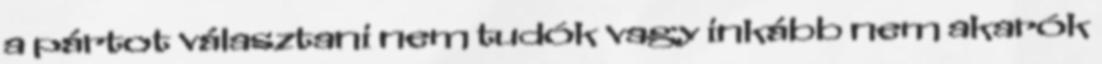
a pártot választani nem tudók vagy inkább nem akarók